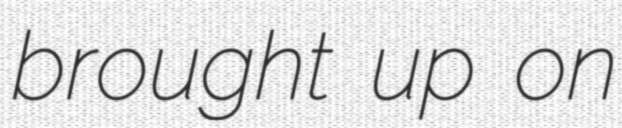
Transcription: brought up on